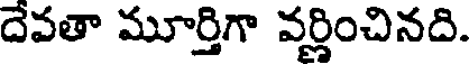
దేవతా మూర్తిగా వర్ణించినది.